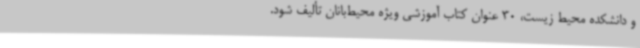
و دانشکده محیط‌ زیست، 30 عنوان کتاب آموزشی ویژه محیط‌بانان تألیف شود.